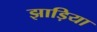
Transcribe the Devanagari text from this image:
झाड़िया